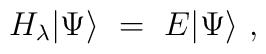
H_\lambda |\Psi\rangle \,\, = \,\, E |\Psi\rangle \,\, ,